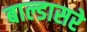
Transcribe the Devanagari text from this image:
बाल्डासरे